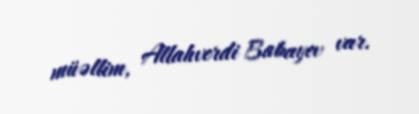
müəllim, Allahverdi Babayev var.